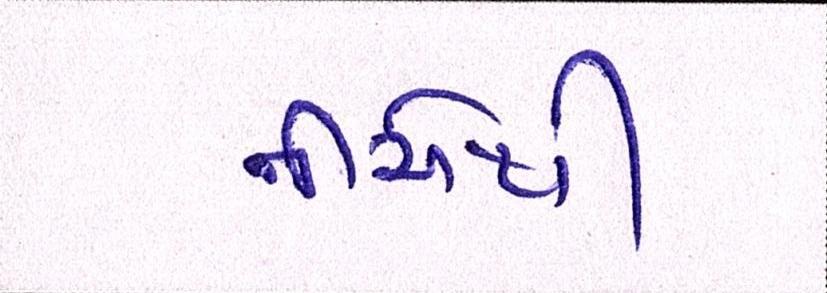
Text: નીચેથી